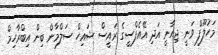
މަހުލޫފް ވަނީ ޖިއާނީ އަދި އޭއެފްސީގެ ރައީސް ޝައިހް ސަލްމާން ބިން އިބްރާހިމް